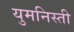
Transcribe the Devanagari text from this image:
युमनिस्ती